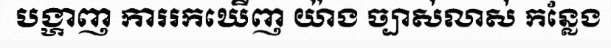
បង្ហាញ ការរកឃើញ យ៉ាង ច្បាស់លាស់ កន្លែង